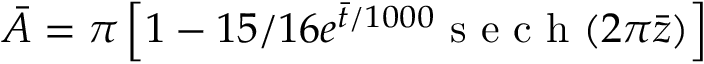
\bar { A } = \pi \left[ 1 - 1 5 / 1 6 e ^ { \bar { t } / 1 0 0 0 } \mathrm { ~ s ~ e ~ c ~ h ~ } ( 2 \pi \bar { z } ) \right]